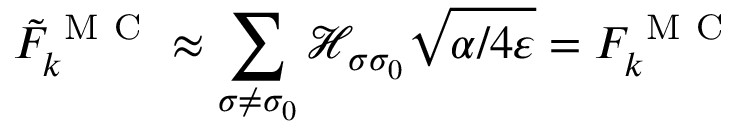
\tilde { F } _ { k } ^ { \mathrm { ~ M ~ C ~ } } \approx \sum _ { \sigma \neq \sigma _ { 0 } } \mathcal { H } _ { \sigma \sigma _ { 0 } } \sqrt { \alpha / 4 \varepsilon } = F _ { k } ^ { \mathrm { ~ M ~ C ~ } }